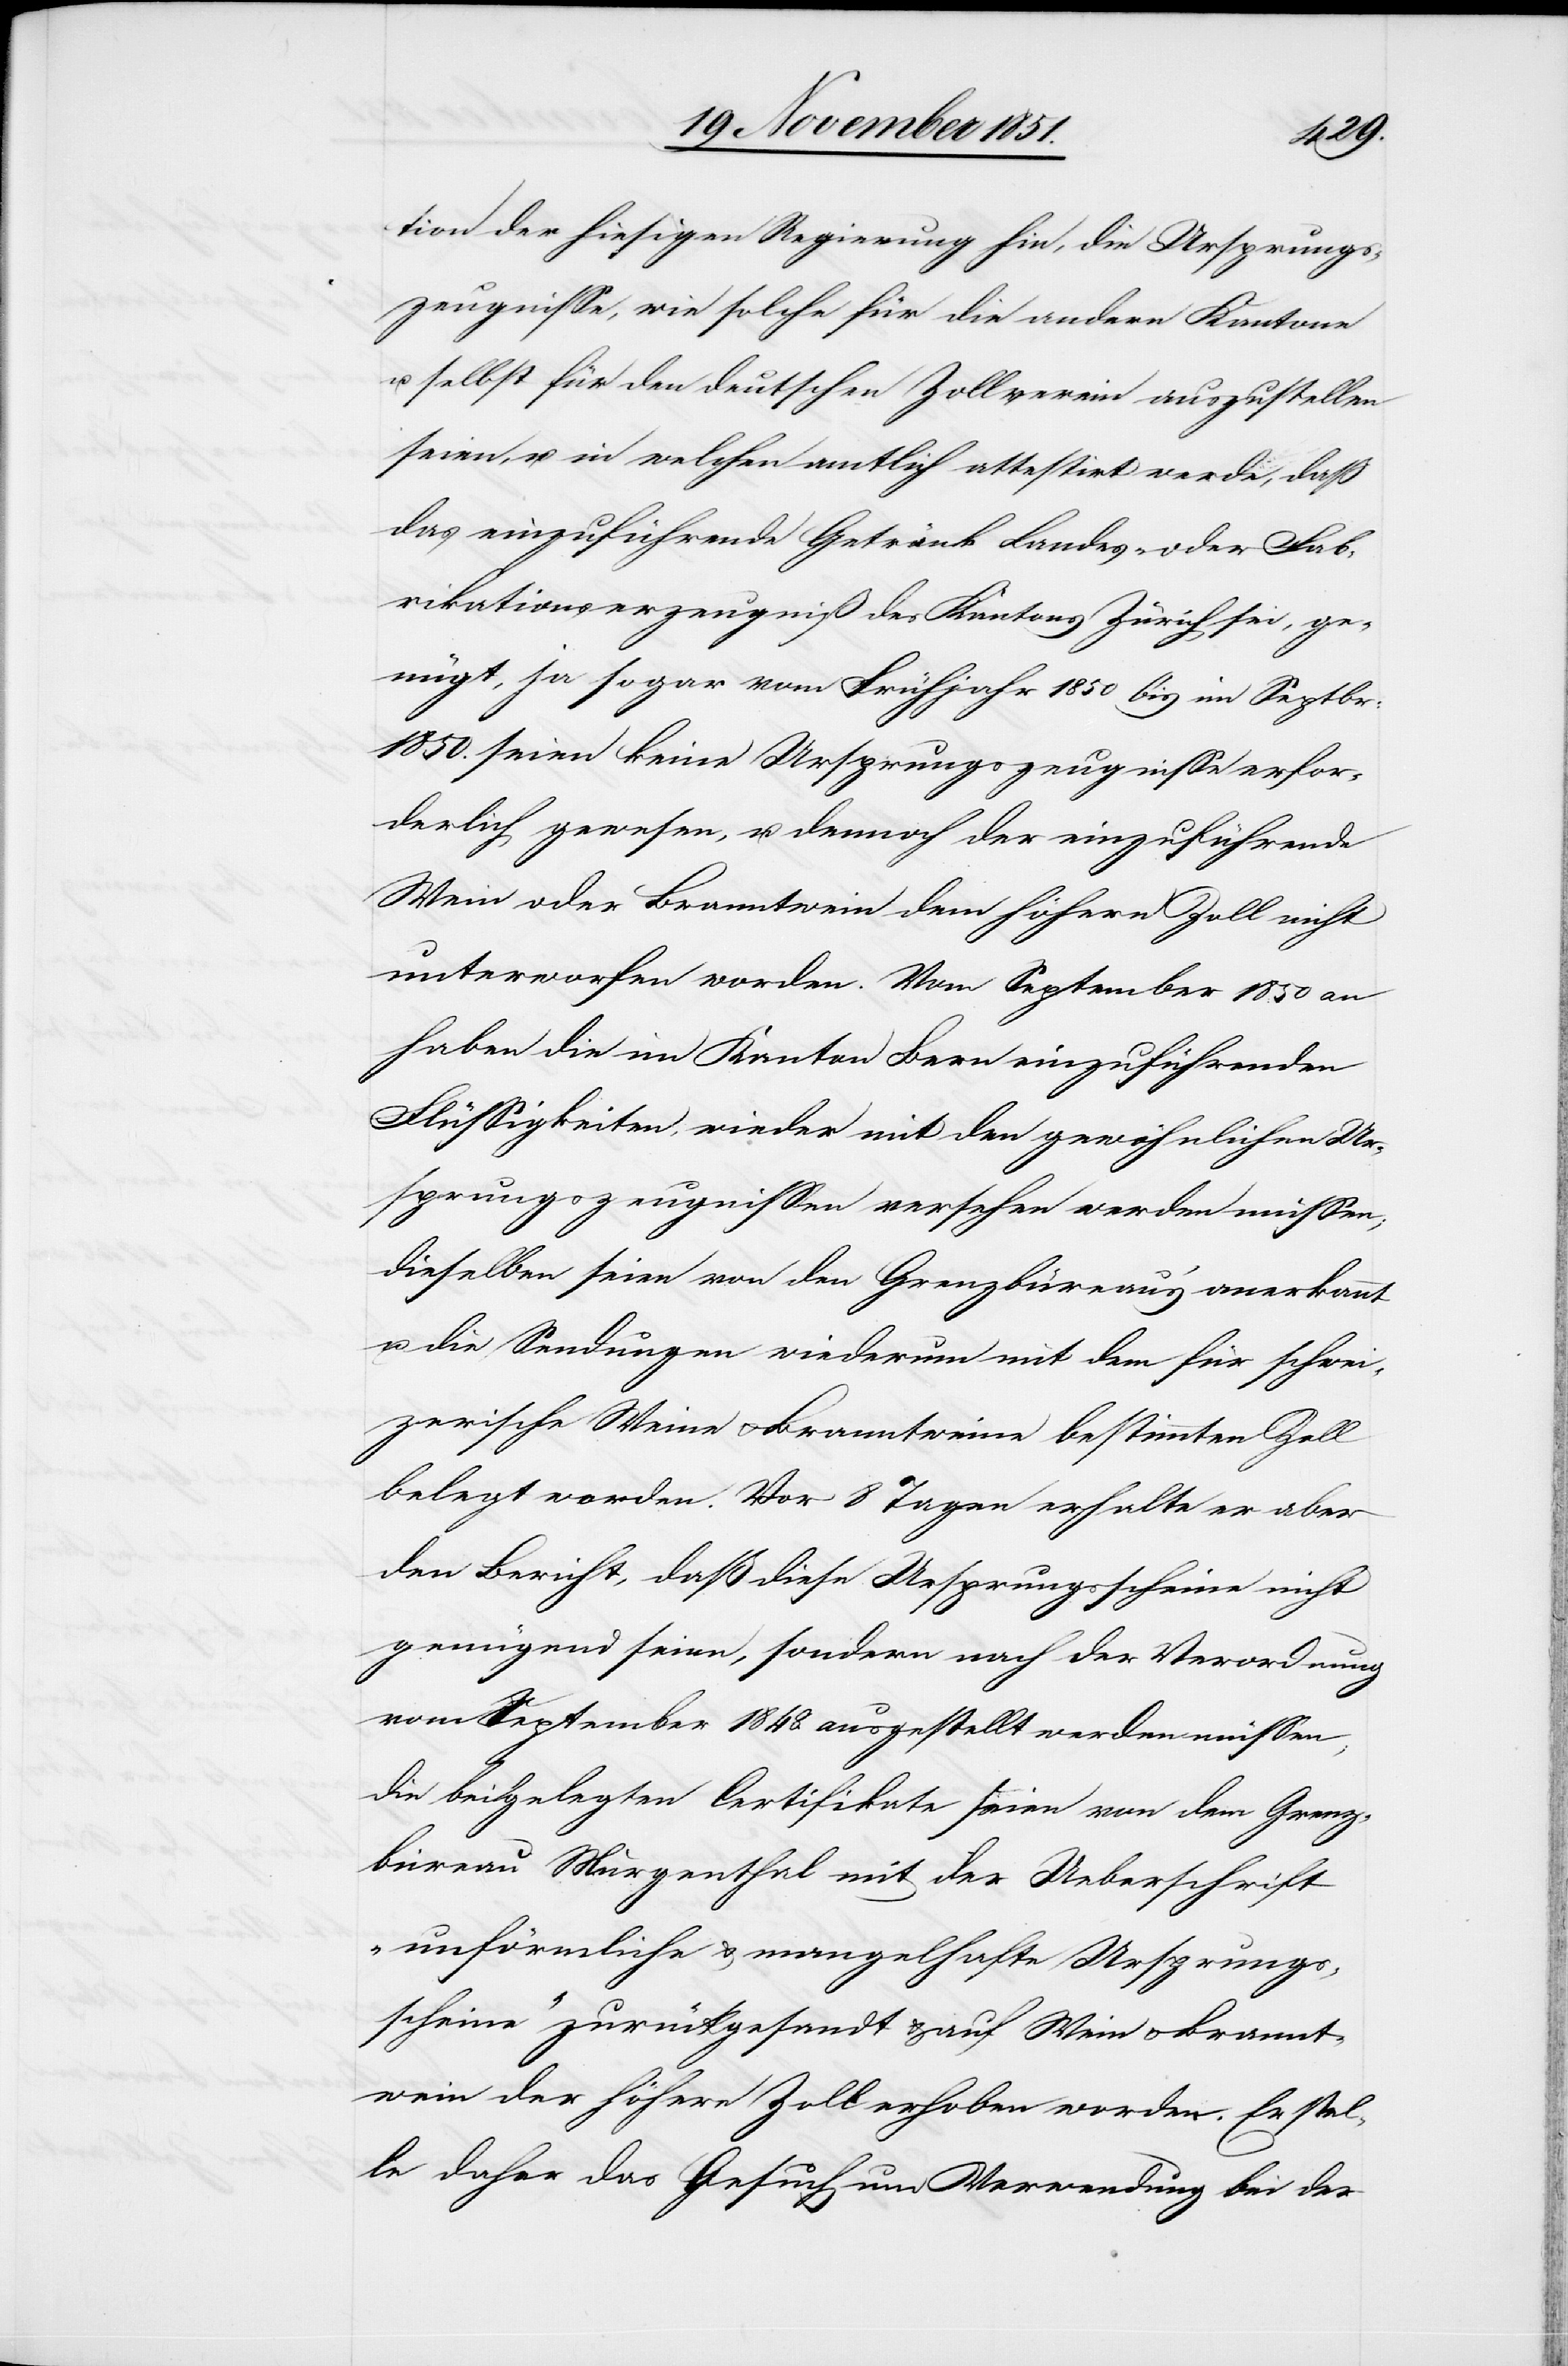
tion der hiesigen Regierung hin, die Ursprungs¬
zeugnisse, wie solche für die andern Kantone
u. selbst für den deutschen Zollverein auszustellen
seien, u. in welchem amtlich attestirt werde, daß
das einzuführende Getränk Landes- oder Fab¬
rikationserzeugniß des Kantons Zürich sei, ge¬
nügt, ja sogar vom Frühjahr 1850 bis im Septbr:
1850. seien keine Ursprungszeugnisse erfor¬
derlich gewesen, u. dennoch der einzuführende
Wein oder Branntwein dem höhern Zoll nicht
unterworfen worden. Vom September 1850 an
haben die im Kanton Bern einzuführenden
Flüssigkeiten, wieder mit den gewöhnlichen Ur¬
sprungszeugnissen versehen werden müssen;
dieselben seien von den Grenzbüreau’s anerkannt
u. die Sendungen wiederum mit dem für schwei¬
zerische Weine & Branntweine bestimmten Zoll
belegt worden. Vor 8 Tagen erhalte er aber
den Bericht, daß diese Ursprungsscheine nicht
genügend seien, sondern nach der Verordnung
vom September 1848. ausgestellt werden müssen;
die beigelegten Certifikate seien von dem Grenz¬
büreau Murgenthal mit der Ueberschrift
„unförmliche & mangelhafte Ursprungs¬
scheine“ zurückgesandt & auf Wein & Brannt¬
wein der höhere Zoll erhoben worden. Er stel¬
le daher das Gesuch um Verwendung bei der